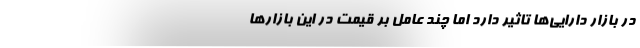
در بازار دارایی‌ها تاثیر دارد اما چند عامل بر قیمت در این بازارها